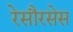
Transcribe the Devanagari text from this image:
रेसौरसेस